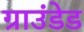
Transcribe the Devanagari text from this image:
ग्राउंडेड